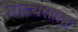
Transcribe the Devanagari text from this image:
नाट्यसास्त्र